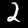
Label: 2